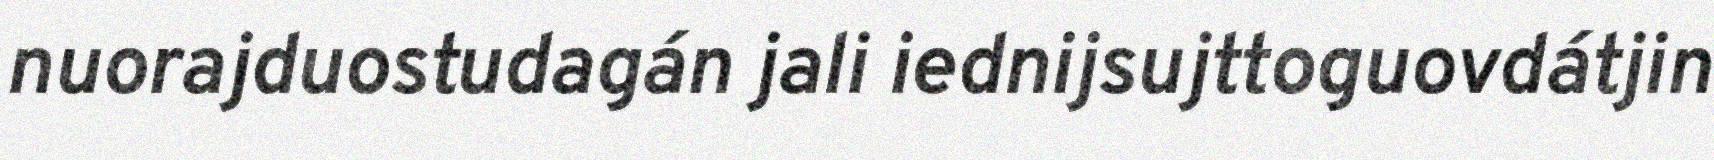
nuorajduostudagán jali iednijsujttoguovdátjin